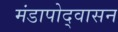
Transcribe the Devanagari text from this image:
मंडापोद्‌वासन